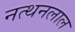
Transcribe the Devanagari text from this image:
नत्थनलाल